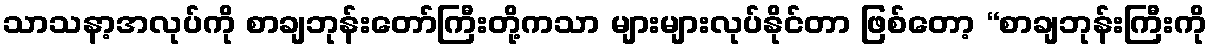
သာသနာ့အလုပ်ကို စာချဘုန်းတော်ကြီးတို့ကသာ များများလုပ်နိုင်တာ ဖြစ်တော့ “စာချဘုန်းကြီးကို